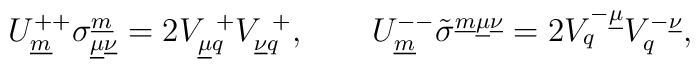
U^{++}_{\underline{m}}\sigma^{\underline{m}}_{\underline{\mu}\underline{\nu}}= 2V_{\underline{\mu}q}^{~+}V^{~+}_{\underline{\nu}q}, \qquad U^{--}_{\underline{m}}\tilde{\sigma}^{\underline{m}\underline{\mu}\underline{\nu}}= 2V^{-\underline{\mu}}_{q}V_{q}^{-\underline{\nu}}, \qquad